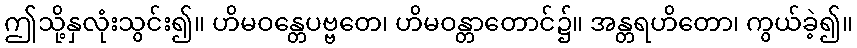
ဤသို့နှလုံးသွင်း၍။ ဟိမဝန္တေပဗ္ဗတေ၊ ဟိမဝန္တာတောင်၌။ အန္တရဟိတော၊ ကွယ်ခဲ့၍။